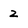
Character: 2